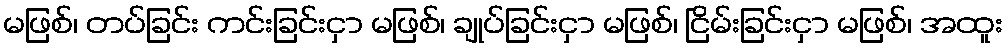
မဖြစ်၊ တပ်ခြင်း ကင်းခြင်းငှာ မဖြစ်၊ ချုပ်ခြင်းငှာ မဖြစ်၊ ငြိမ်းခြင်းငှာ မဖြစ်၊ အထူး